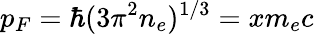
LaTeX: p_{F}=\hbar(3\pi^{2}n_{e})^{1/3}=xm_{e}c